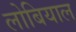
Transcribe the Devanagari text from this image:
लोबियाल